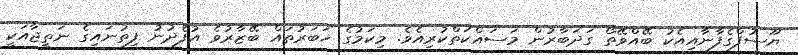
ޔޫސުފްގެފާނާއިއެކު ބޭއްވޭތޯ ގަދަބާރުން މަސައްކަތްކުރިއެވެ. މިކަމުގެ ޚަބަރުތައް ބޭޒާރުވެ އުފެދުނު ފިތުނައިގެ ނަތީޖާއަކީ